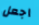
اجعل